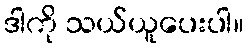
ဒါကို သယ်ယူပေးပါ။